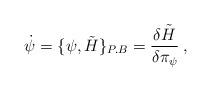
LaTeX: \begin{align*}\dot \psi = \{\psi,\tilde H\}_{P.B}={\delta \tilde H\over\delta\pi_{\psi}}\>,\end{align*}